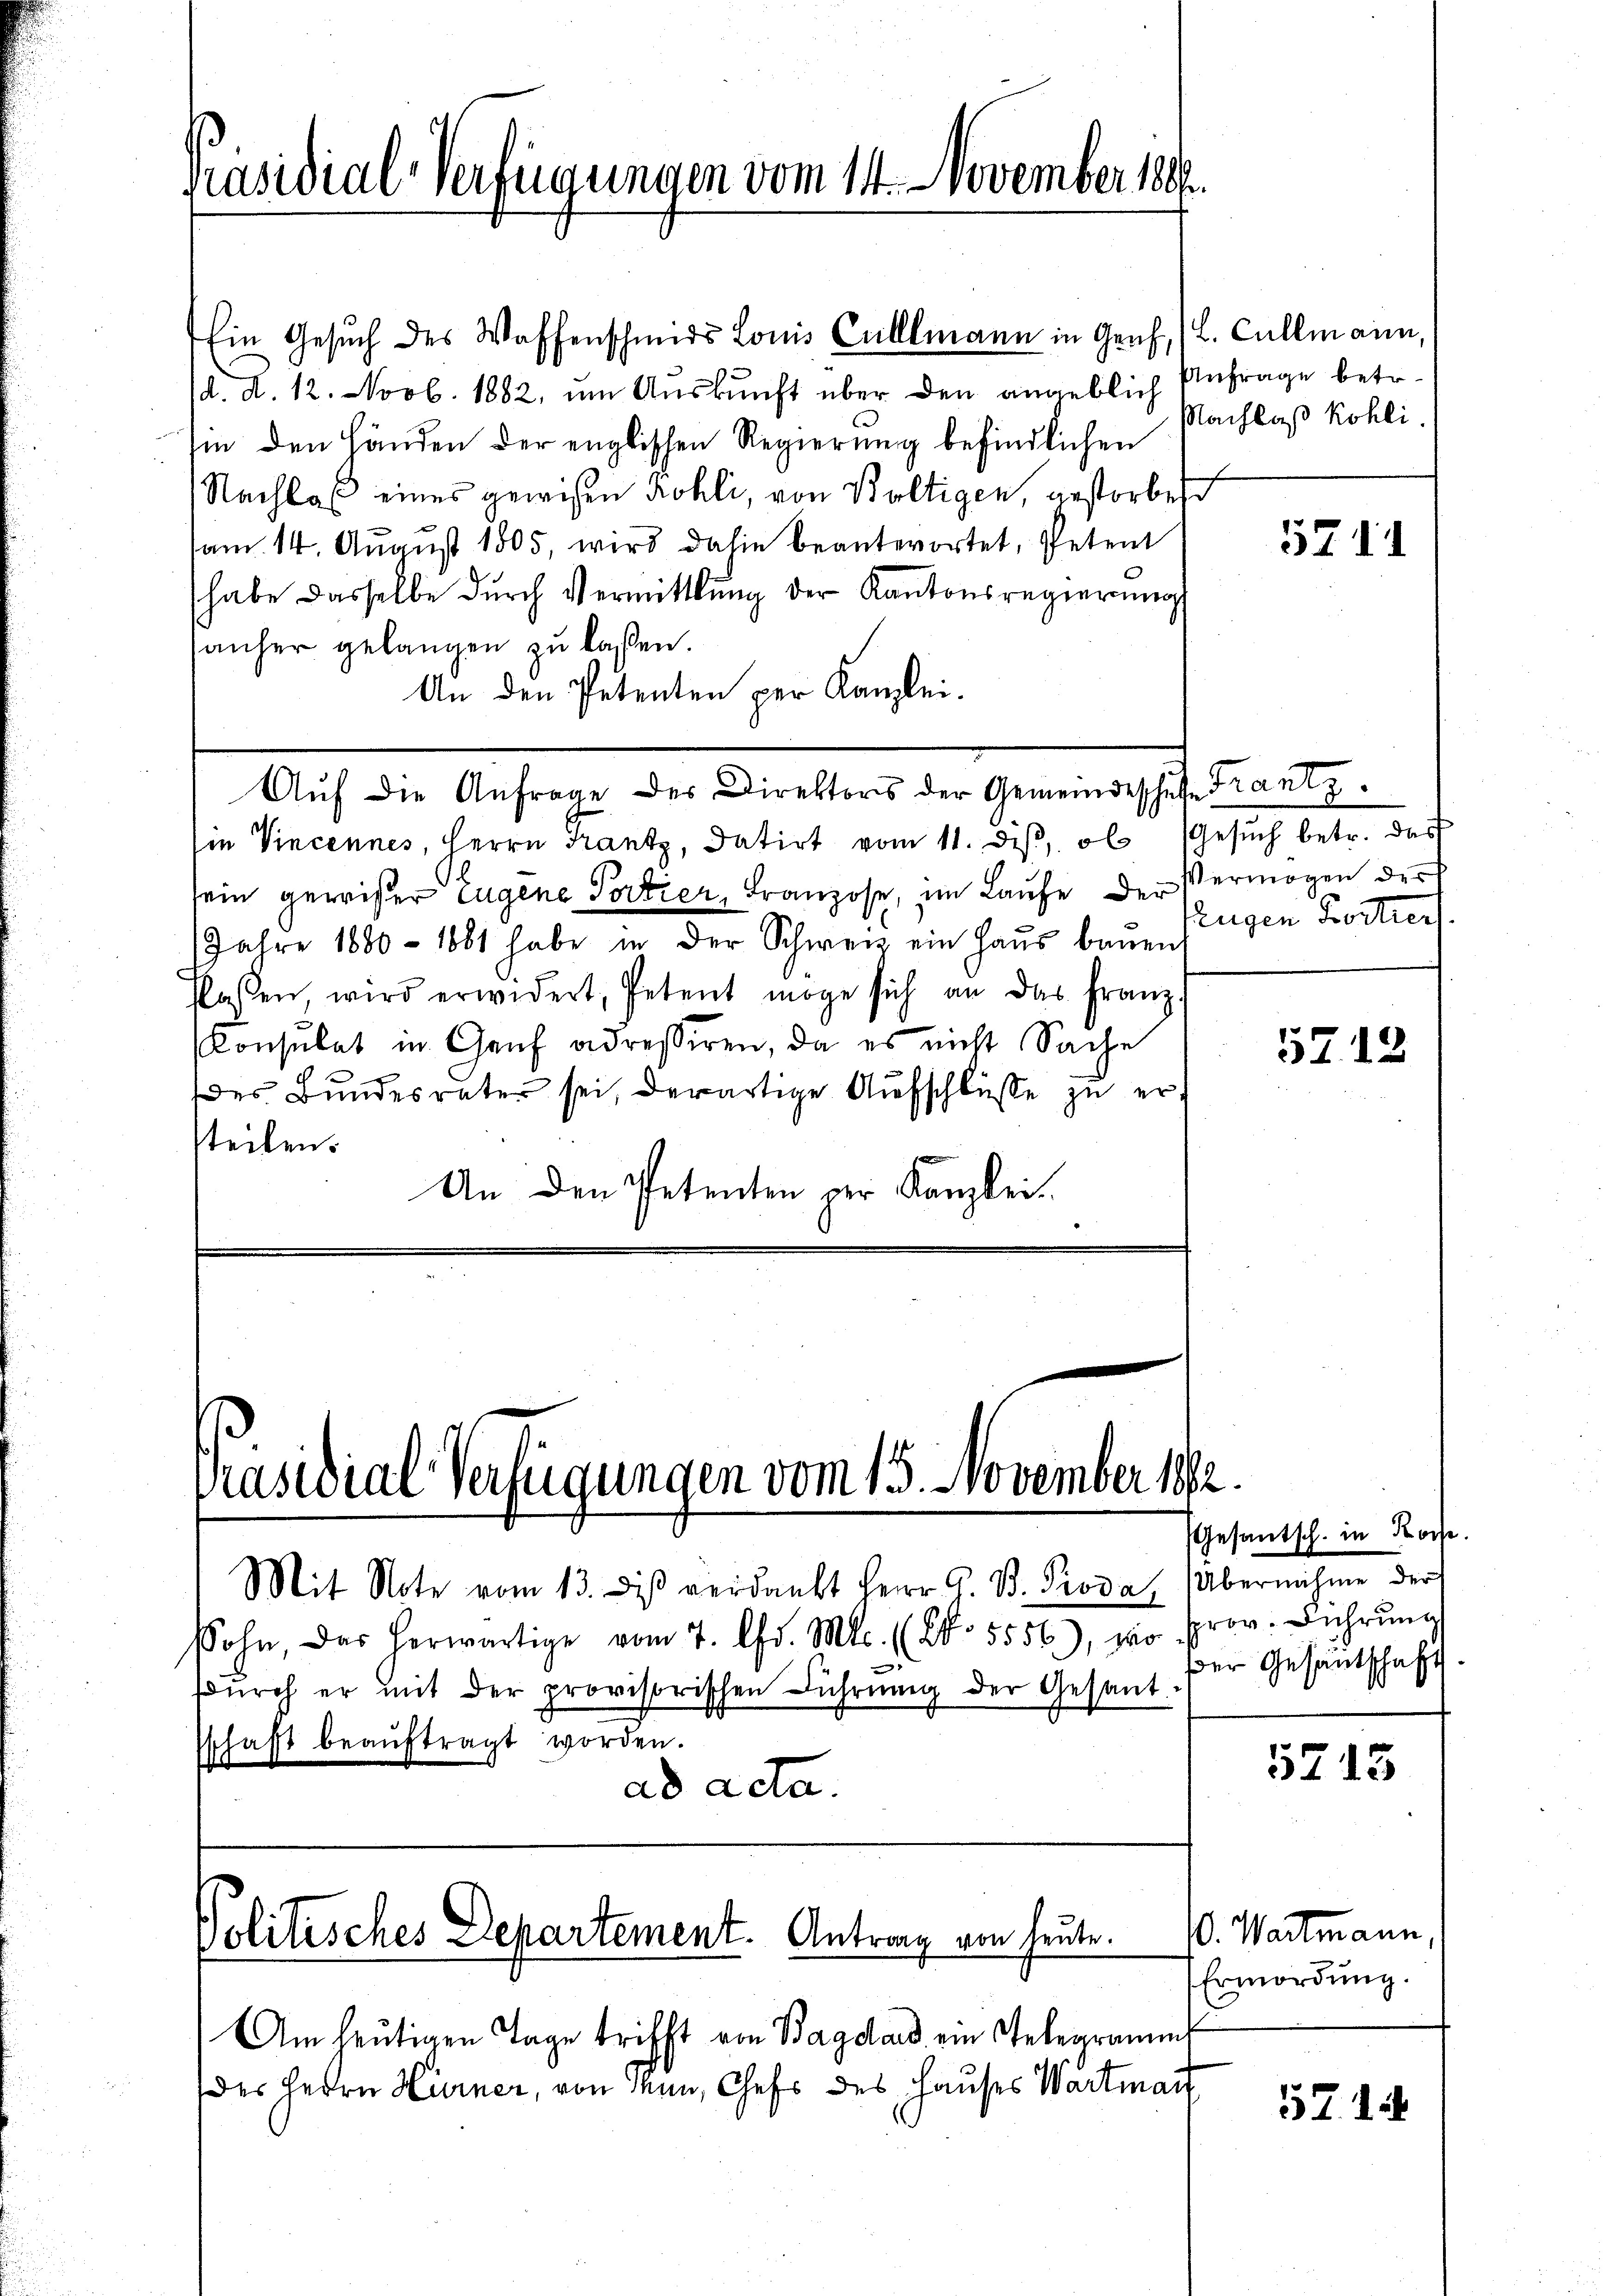
Präsidial-Verfügungen vom 14. November 189

Ein Gesuch des Waffenschmids Louis Calllmann in Genf, 1 L. Callmann,
d. d. 12. Novb. 1882, um Auskunft über den angeblich
in den Händen der englischen Regierung befindlichen
Nachlaß eines gewißen Röhli, von Boltigen, gestorbeh
am 14. August 1805, wird dahin beanterortet, Petent
habe dasselbe dŭrch Vermittlung der Kantonsregierung
sanher gelangen zŭ lassen.
An den Petenten per Kanzlei-

schaft beaŭftragt worden.

Iin Vincennes, Herrn Frantz, datirt vom 11. diβ, ob Gesŭch betr. das
sein gewißer Eugene Portier, Franzose, im Laufe der Vermögen der
Jahre 1880 - 1881 habe in der Schweiz ein Haŭs bauen,
flassen, wird erwidert, Petent möge sich an das Franz
Consulat in Genf adressiren, da es nicht Sache
des Bundesväter sei, derartige Aufschlüsse zu ersteilen.
An den Petenten per Kanzlei¬

Auf die Anfrage des Direktors der Gemeindeschufe Frantz

Präsidial-Verfügungen vom 15. November 18

ad acta.

Mit Note vom 13. diβ verdankt Herr G. B. Pioda, Übernahme der
Sohn, das herwärtige vom 7. Chr. Mts. (Co 5556), wo prov. Führŭng
Dŭrch er mit der provisorischen Führŭng der Gesant-

Politisches Departement. Antrag von heute.

Am heutigen Tage trifft von Bagdad ein Telegramms
des Herrn Hörner, von Men, Chefs des Hauses Wartman

Anfrage betr.
Nachlaß köhli.

5211

eugen Fortierf

5712

Gesantsch. in Kos
ser Gesantschaft.

5215

. Wartmann
Ermordung.

557. 18